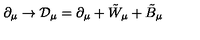
\partial _ { \mu } \rightarrow { \cal { D } } _ { \mu } = \partial _ { \mu } + { \tilde { W } } _ { \mu } + { \tilde { B } } _ { \mu }